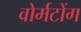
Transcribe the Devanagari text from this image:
वोर्मटोंग